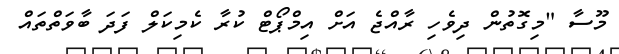
މޫސާ "މިގޮތުން ދިވެހި ރާއްޖެ އަށް އިމްޕޯޓް ކުރާ ކެމިކަލް ފަދަ ބާވަތްތައް